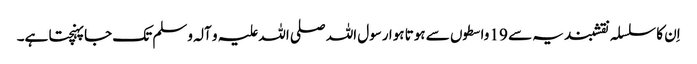
اِن کا سلسلہ نقشبندیہ سے 19 واسطوں سے ہوتا ہوا رسول اللہ صلی اللہ علیہ و آلہ وسلم تک جا پہنچتا ہے۔